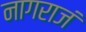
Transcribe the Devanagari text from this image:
नागराजं